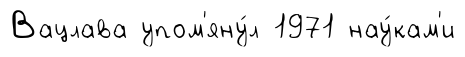
Вацлава упом'яну́л 1971 нау́кам'и